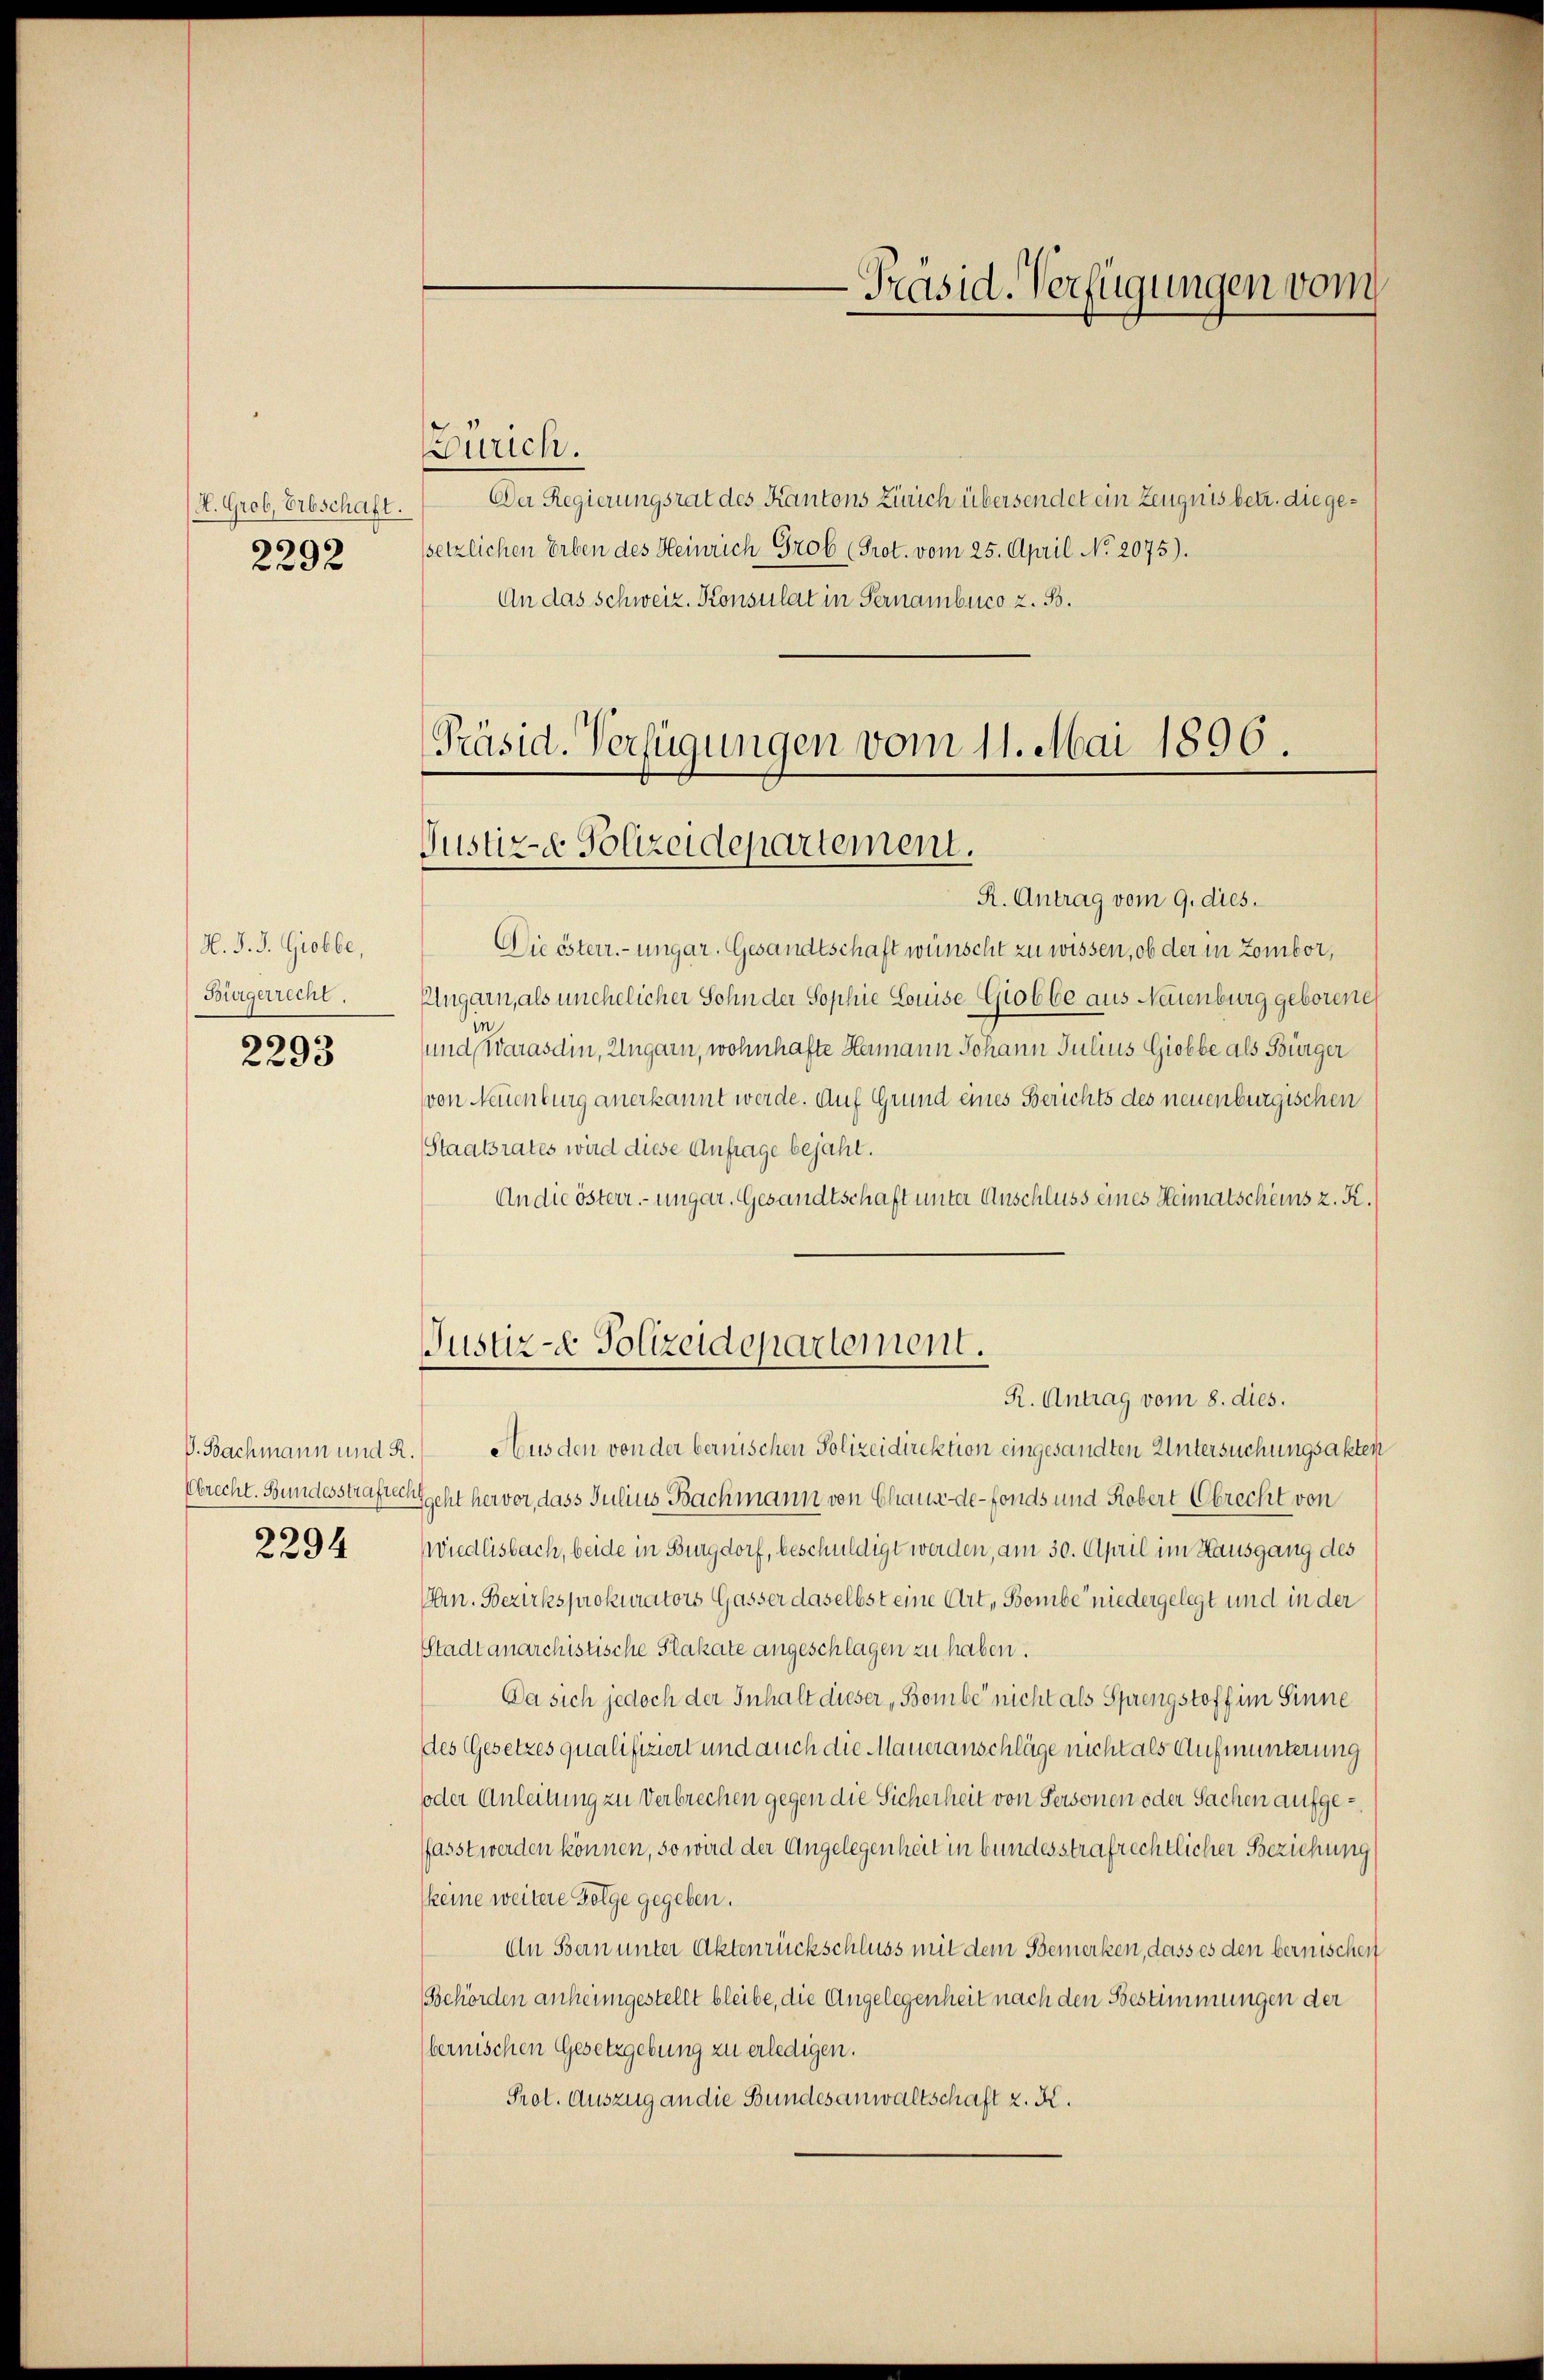
H. Grob, Erbschaft.
2292

H. d. J. Grobbe,
Bürgerrecht.

2293

2294

Zürich.

Da Regierungsrat des Kantons Zürich übersendet ein Zeugnis betr. die gesetzlichen Erben des Heinrich Grob (Prot. vom 25. April No 2075).
An das Schweiz. Konsulat in Pernambuco z. B.

-Präsid. Verfügungen vom

Präsid. Verfügungen vom 11. Mai 1896.
Justiz- & Polizeidepartement.

R. Antrag vom 9. dies.
Die österr.-ungar. Gesandtschaft wünscht zu wissen, ob der in Zombor,
Plugarn, als unehelicher Sohn der Sophie Louise Giobbe aus Neuenburg geborene
in
und Warasdin, Ungarn, wohnhafte Hermann Johann Julius Giobbe als Bürger
von Neuenburg anerkannt werde. Auf Grund eines Berichts des neuenburgischen
Staatsrates wird diese Anfrage bejahl.
An die österr. ungar. Gesandtschaft unter Anschluss eines Heimatscheins z. K.
V. Bachmann und 2. Aus den von der bernischen Polizeidirektion eingesandten Untersuchungsakten
Ebrecht. Bundesstraften geht hervor, dass Julius Bachmann von Chaux-de-Fonds und Robert brecht von
iedlisbach, beide in Burgdorf, beschuldigt werden, am 30. April im Hausgang des
n. Bezirksprokurators Gasser daselbst eine Art, Bombe niedergelegt und in der
Stadtanarchistische Plakate angeschlagen zu haben.
Da sich jedoch der Inhalt dieser „Bombe nicht als Sprengstoff im Sinne
des Gesetzes qualifiziert und auch die Maueranschläge nicht als Aufmunterung
oder Anleitung zu Verbrechen gegen die Sicherheit von Personen oder Sachen aufgeffasst werden können, so wird der Angelegenheit in bundesstrafrechtlicher Beziehung
keine weitere Folge gegeben.
An Bern unter Aktenrückschluss mit dem Bemerken, dass es den bernischen
Behörden anheimgestellt bleibe, die Angelegenheit nach den Bestimmungen der
bernischen Gesetzgebung zu erledigen.
Prot. Auszug an die Bundesanwaltschaft z. K.

Justiz- Polizeidepartement.
R. Antrag vom 8. dies.